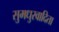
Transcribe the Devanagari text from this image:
सुमधुरवादिता